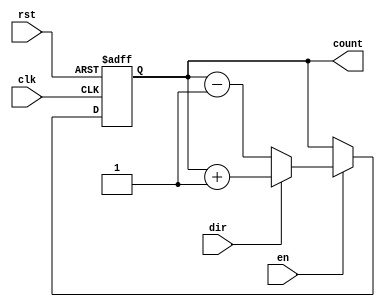
module binary_counter #(
    parameter WIDTH = 4 // Parameter to define the width of the counter (e.g., 4 for 4-bit counter)
)(
    input wire clk,          // Clock signal
    input wire rst,          // Asynchronous reset signal
    input wire en,           // Enable signal
    input wire dir,          // Direction signal (1 for up, 0 for down)
    output reg [WIDTH-1:0] count // Current count value
);

// Internal signal for next count value
reg [WIDTH-1:0] next_count;

// Always block for synchronous operations
always @(posedge clk or posedge rst) begin
    if (rst) begin
        count <= 0; // Reset count to 0
    end else if (en) begin
        count <= next_count; // Update count with next count value
    end
end

// Combinational logic to determine the next count value
always @(*) begin
    if (en) begin
        if (dir) begin
            // Up counting
            next_count = count + 1;
            if (next_count == (1 << WIDTH)) // Wrap around if maximum count is reached
                next_count = 0;
        end else begin
            // Down counting
            next_count = count - 1;
            if (next_count == 16'hFFFF) // Wrap around if minimum count is reached
                next_count = (1 << WIDTH) - 1; // Set to maximum count value
        end
    end else begin
        next_count = count; // Retain current value if not enabled
    end
end

endmodule